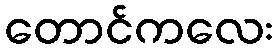
တောင်ကလေး